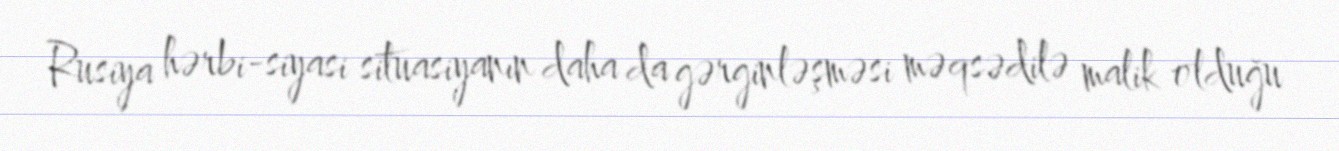
Rusiya hərbi-siyasi situasiyanın daha da gərginləşməsi məqsədilə malik olduğu